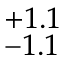
^ { + 1 . 1 } _ { - 1 . 1 }